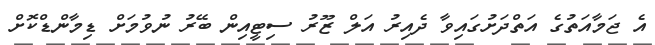
އެ ޖަމާއަތުގެ އަތްދަށުގައިވާ ދެއިރު އަލް ޒޫރު ސިޓީއިން ބޭރު ނުވުމަށް ޑިމާންޑްކޮށް